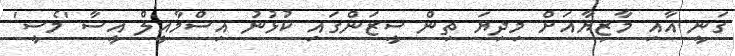
ގަނީ އާއި މާޒިޔާއަށް މިދިޔަ ތިން ސީޒަންގައި ކުޅުނު އިސްމާއީލް އީސާ 'މެސީ'